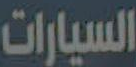
السيارات